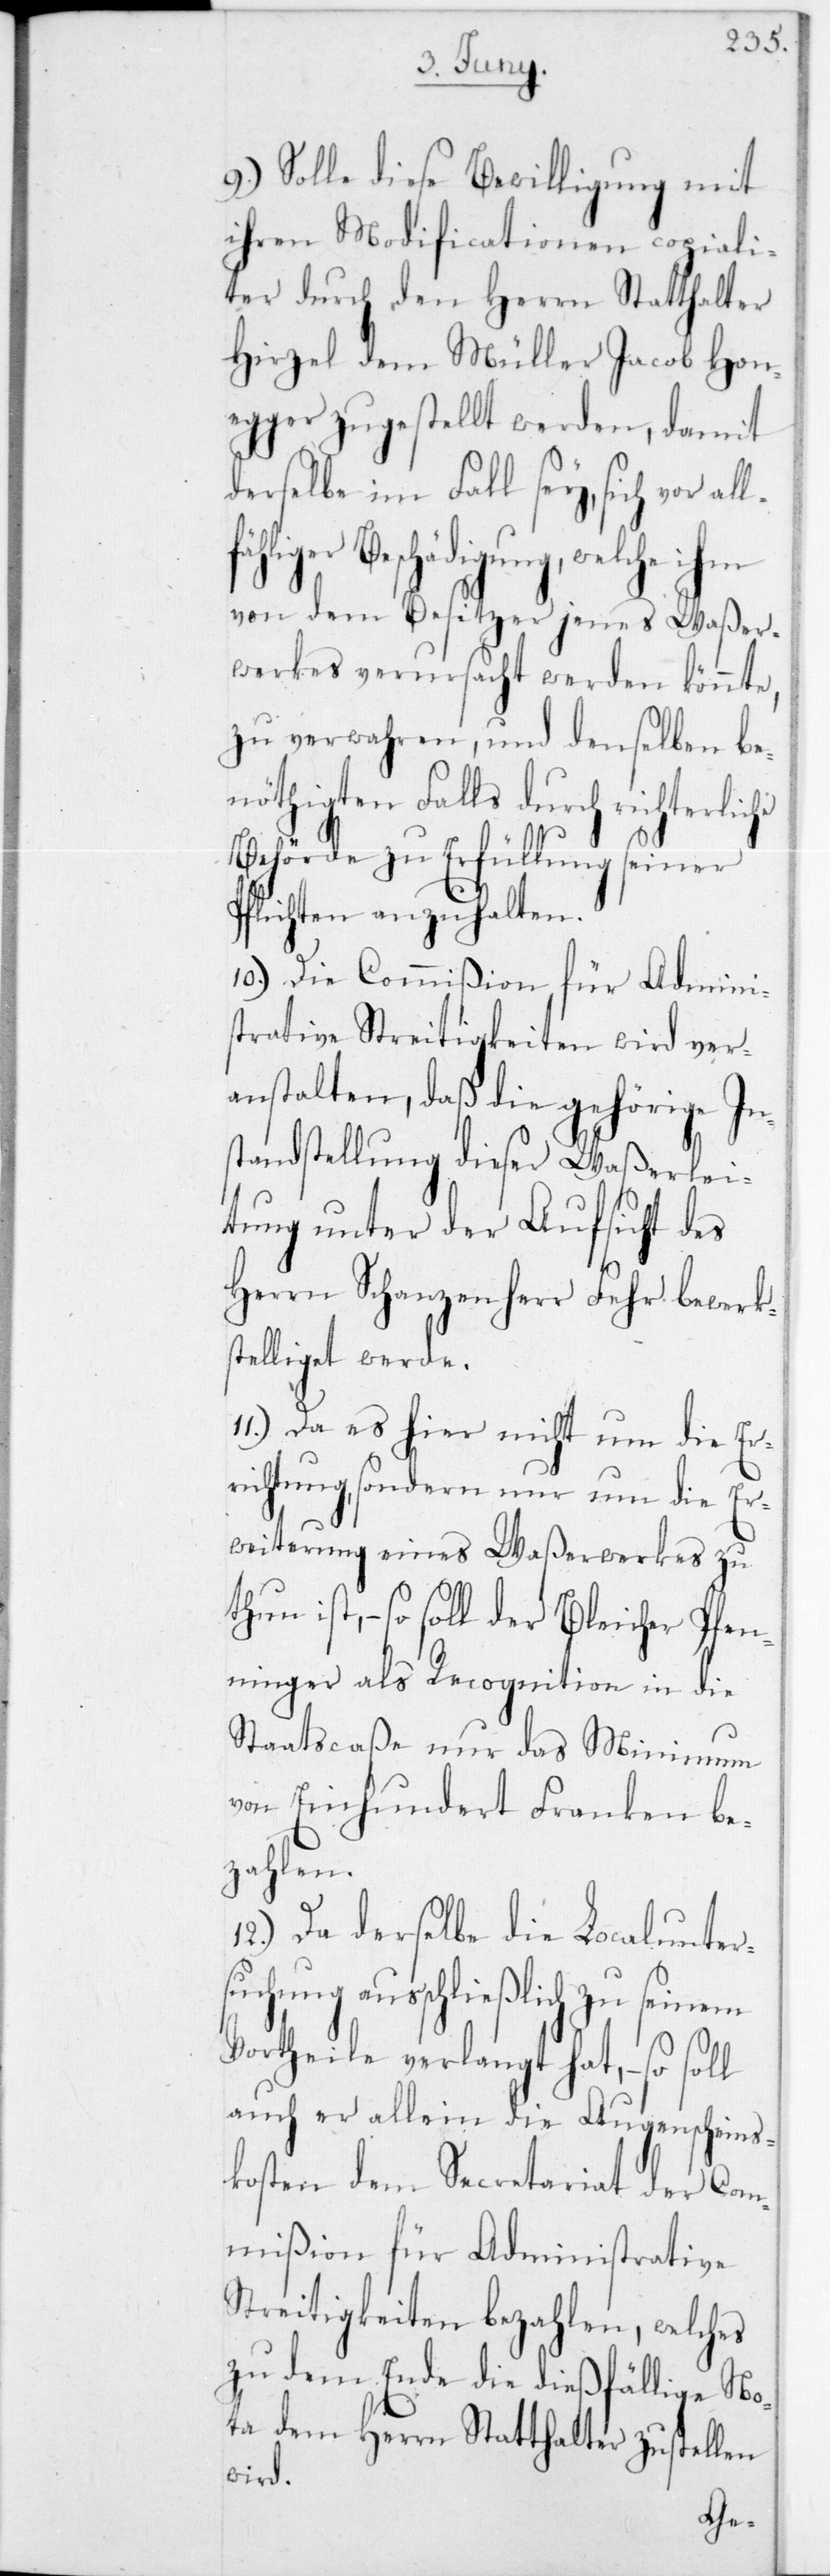
9.) Solle diese Bewilligung mit
ihren Modificationen copiali¬
ter durch den Herrn Statthalter
Hirzel dem Müller Jacob Hon¬
egger zugestellt werden, damit
derselbe im Fall sey, sich vor
Beschädigung, welche ihm
von dem Besitzer jenes Waßer¬
werkes verursacht werden könnte,
zu verwahren, und denselben be¬
nöthigten Falls durch richterlic¬
Behörde zu Erfüllung seiner
Pflichten anzuhalten.
10.) Die Commißion für Admini¬
strative Streitigkeiten wird ver¬
anstalten, daß die gehörige In¬
standstellung dieser Waßerlei¬
tung der Aufsicht des
Herrn Schanzenherr Fehr bewerk¬
stelliget werde.
11.) Da es hier nicht um die Er¬
richtung, sondern nur um die Er¬
weiterung eines Waßerwerkes zu
ist, – so soll der Bleicher Pfen¬
ninger als Recognition in die
Staatscaße nur das Minimum
von Einhundert Franken be¬
zahlen.
12.) Da derselbe die Localunters¬
uchung ausschließlich zu seinem
Vortheile verlangt hat, – so soll
auch er allein die Augenscheins¬
kosten dem Secretariat der Com¬
mißion für Administrative
Streitigkeiten bezahlen, welches
zu dem Ende die dießfällige No¬
ta dem Herrn Statthalter zustellen
wird.
he